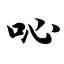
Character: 吣